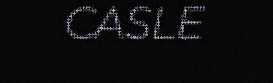
CASLE